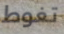
تغوط